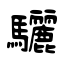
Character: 驪